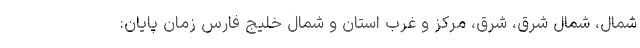
شمال، شمال شرق، شرق، مرکز و غرب استان و شمال خلیج فارس زمان پایان: